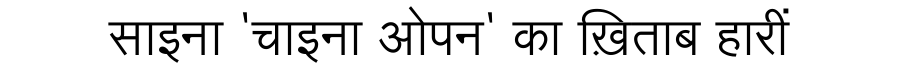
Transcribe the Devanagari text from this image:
साइना 'चाइना ओपन' का ख़िताब हारीं